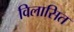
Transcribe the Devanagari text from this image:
विलासित